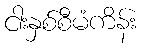
ငါးနှစ်စီမံကိန်း